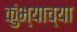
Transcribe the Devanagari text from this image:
कुंभ्याच्या